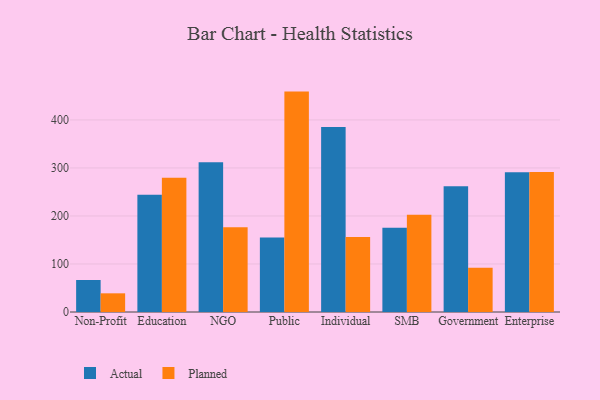
{"axis": {"x": "Segment", "y": "Customer Acquisition Cost (USD)"}, "legend": ["Actual", "Planned"], "data": [{"x": "Non-Profit", "y": 66.7, "type": "Actual"}, {"x": "Non-Profit", "y": 38.9, "type": "Planned"}, {"x": "Education", "y": 244.0, "type": "Actual"}, {"x": "Education", "y": 279.6, "type": "Planned"}, {"x": "NGO", "y": 311.7, "type": "Actual"}, {"x": "NGO", "y": 176.3, "type": "Planned"}, {"x": "Public", "y": 155.0, "type": "Actual"}, {"x": "Public", "y": 459.0, "type": "Planned"}, {"x": "Individual", "y": 385.4, "type": "Actual"}, {"x": "Individual", "y": 156.0, "type": "Planned"}, {"x": "SMB", "y": 175.6, "type": "Actual"}, {"x": "SMB", "y": 202.7, "type": "Planned"}, {"x": "Government", "y": 262.0, "type": "Actual"}, {"x": "Government", "y": 92.2, "type": "Planned"}, {"x": "Enterprise", "y": 290.8, "type": "Actual"}, {"x": "Enterprise", "y": 291.8, "type": "Planned"}]}